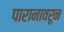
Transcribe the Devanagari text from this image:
पारानावरून